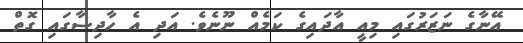
އޭނާގެ ނަޒަރުގައި މިއީ އާދައިގެ ކަމެއް ނޫނެވެ. އަދި އެ ހާދިސާގައި ގޮތް